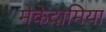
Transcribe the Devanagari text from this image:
मेकेदामिया